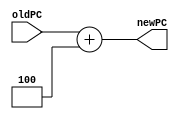
module Adder4(
	input [31:0]oldPC,
	output [31:0]newPC);

	assign newPC = oldPC+4;

endmodule